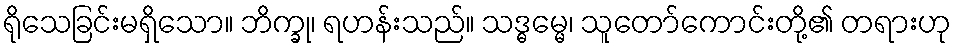
ရိုသေခြင်းမရှိသော။ ဘိက္ခု၊ ရဟန်းသည်။ သဒ္ဓမ္မေ၊ သူတော်ကောင်းတို့၏ တရားဟု